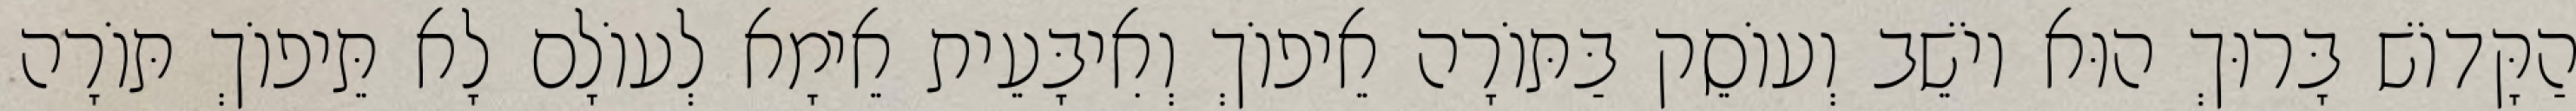
הַקָּדוֹשׁ בָּרוּךְ הוּא יוֹשֵׁב וְעוֹסֵק בַּתּוֹרָה אֵיפוֹךְ וְאִיבָּעֵית אֵימָא לְעוֹלָם לָא תֵּיפוֹךְ תּוֹרָה